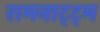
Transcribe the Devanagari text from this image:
रामनाट्ट्म